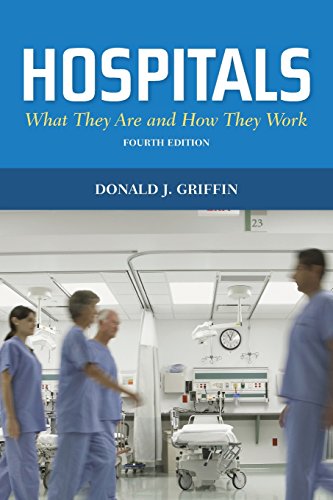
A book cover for Hospitals: What They Are And How They Work (Griffin, Hospitals); Donald J. Griffin; Medical Books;